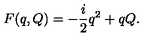
F ( q , Q ) = - { \frac { i } { 2 } } q ^ { 2 } + q Q .